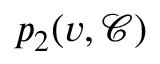
p _ { 2 } ( v , \mathcal { C } )